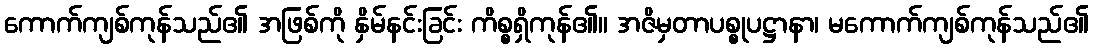
ကောက်ကျစ်ကုန်သည်၏ အဖြစ်ကို နှိမ်နင်းခြင်း ကိစ္စရှိကုန်၏။ အဇိမှတာပစ္စုပဋ္ဌာနာ၊ မကောက်ကျစ်ကုန်သည်၏